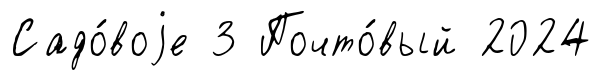
Садо́воjе 3 Почто́вый 2024